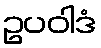
ဥပဝါဒံ